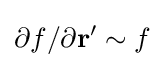
\partial f/\partial \mathbf {r} '\sim f